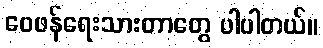
ဝေဖန်ရေးသားတာတွေ ပါပါတယ်။